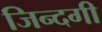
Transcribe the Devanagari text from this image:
जिन्‍दगी